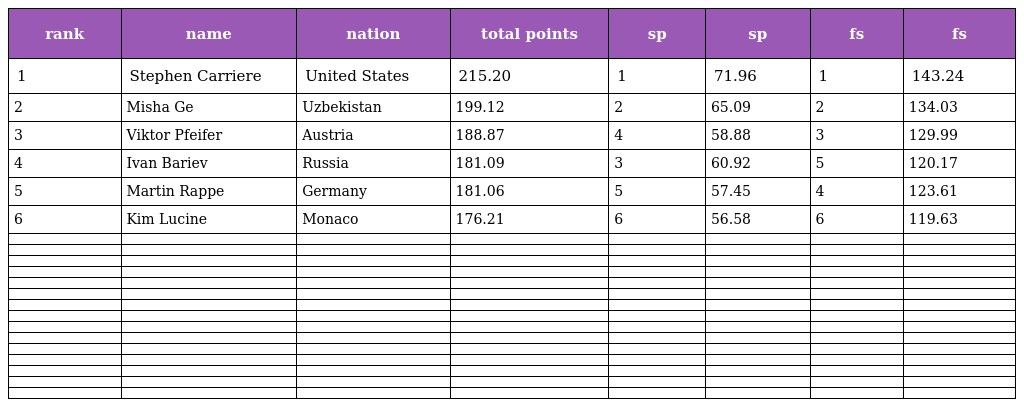
| rank | name | nation | total points | sp | sp | fs | fs |
 | --- | --- | --- | --- | --- | --- | --- | --- |
 | 1 | Stephen Carriere | United States | 215.20 | 1 | 71.96 | 1 | 143.24 |
 | 2 | Misha Ge | Uzbekistan | 199.12 | 2 | 65.09 | 2 | 134.03 |
 | 3 | Viktor Pfeifer | Austria | 188.87 | 4 | 58.88 | 3 | 129.99 |
 | 4 | Ivan Bariev | Russia | 181.09 | 3 | 60.92 | 5 | 120.17 |
 | 5 | Martin Rappe | Germany | 181.06 | 5 | 57.45 | 4 | 123.61 |
 | 6 | Kim Lucine | Monaco | 176.21 | 6 | 56.58 | 6 | 119.63 |
 |  |  |  |  |  |  |  |  |
 |  |  |  |  |  |  |  |  |
 |  |  |  |  |  |  |  |  |
 |  |  |  |  |  |  |  |  |
 |  |  |  |  |  |  |  |  |
 |  |  |  |  |  |  |  |  |
 |  |  |  |  |  |  |  |  |
 |  |  |  |  |  |  |  |  |
 |  |  |  |  |  |  |  |  |
 |  |  |  |  |  |  |  |  |
 |  |  |  |  |  |  |  |  |
 |  |  |  |  |  |  |  |  |
 |  |  |  |  |  |  |  |  |
 |  |  |  |  |  |  |  |  |
 |  |  |  |  |  |  |  |  |